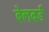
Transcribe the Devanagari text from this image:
बेलवर्ड